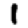
Digit: 1